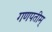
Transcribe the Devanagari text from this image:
गणपतीम्